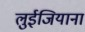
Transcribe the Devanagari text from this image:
लुईजियाना